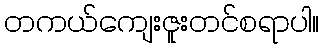
တကယ်ကျေးဇူးတင်စရာပါ။